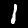
Digit: 1